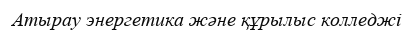
Атырау энергетика және құрылыс колледжі